Insane asylums in Bengal annual reports 1876-1887 - 1876-1887
Year: 1876
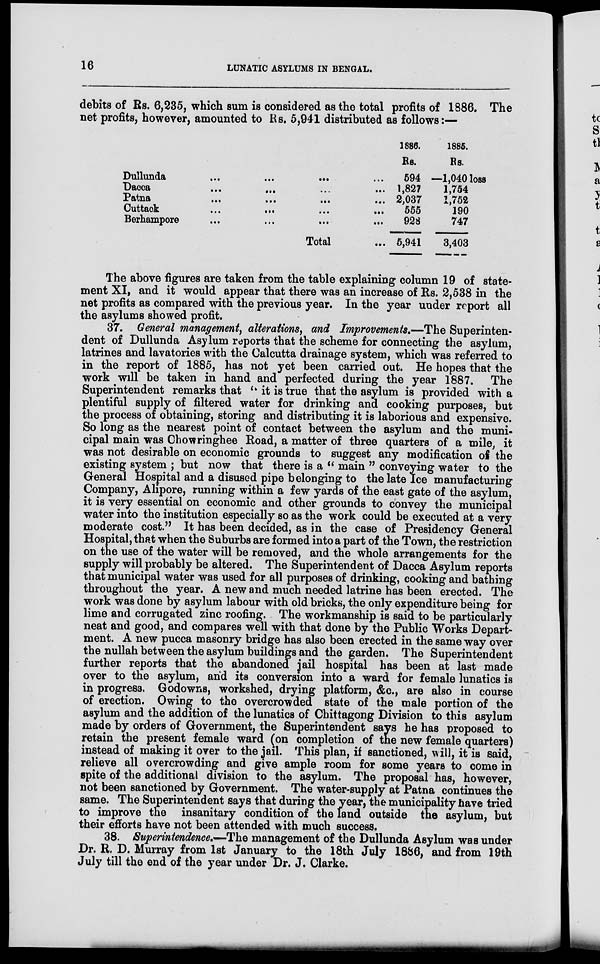
16
LUNATIC ASYLUMS IN BENGAL.
debits of Rs. 6,235, which sum is considered as the total profits of 1886. The
net profits, however, amounted to Rs. 5,941 distributed as follows:—
Dullunda
...
... ... ...
Dacca
...
...
...
...
Patna ... ... ... ...
Cuttack
...
...
...
...
Berhampore
...
...
...
...
Total ...
1886.
Rs.
594
1,827
2,037
555
928
5,941
1886.
Rs.
—1,040 loss
1,754
1,752
190
747
3,403
The above figures are taken from the table explaining column 19 of state-
ment XI, and it would appear that there was an increase of Rs. 2,538 in the
net profits as compared with the previous year. In the year under report all
the asylums showed profit.
37. General management, alterations, and Improvements.—The Superinten-
dent of Dullunda Asylum reports that the scheme for connecting the asylum,
latrines and lavatories with the Calcutta drainage system, which was referred to
in the report of 1885, has not yet been carried out. He hopes that the
work will be taken in hand and perfected during the year 1887. The
Superintendent remarks that ''it is true that the asylum is provided with a
plentiful supply of filtered water for drinking and cooking purposes, but
the process of obtaining, storing and distributing it is laborious and expensive.
So long as the nearest point of contact between the asylum and the muni-
cipal main was Chowringhee Road, a matter of three quarters of a mile, it
was not desirable on economic grounds to suggest any modification of the
existing system ; but now that there is a " main " conveying water to the
General Hospital and a disused pipe belonging to the late Ice manufacturing
Company, Alipore, running within a few yards of the east gate of the asylum,
it is very essential on economic and other grounds to convey the municipal
water into the institution especially so as the work could be executed at a very
moderate cost." It has been decided, as in the case of Presidency General
Hospital, that when the Suburbs are formed into a part of the Town, the restriction
on the use of the water will be removed, and the whole arrangements for the
supply will probably be altered. The Superintendent of Dacca Asylum reports
that municipal water was used for all purposes of drinking, cooking and bathing
throughout the year. A new and much needed latrine has been erected. The
work was done by asylum labour with old bricks, the only expenditure being for
lime and corrugated zinc roofing. The workmanship is said to be particularly
neat and good, and compares well with that done by the Public Works Depart-
ment. A new pucca masonry bridge has also been erected in the same way over
the nullah between the asylum buildings and the garden. The Superintendent
further reports that the abandoned jail hospital has been at last made
over to the asylum, and its conversion into a ward for female lunatics is
in progress. Godowns, workshed, drying platform, &c., are also in course
of erection. Owing to the overcrowded state of the male portion of the
asylum and the addition of the lunatics of Chittagong Division to this asylum
made by orders of Government, the Superintendent says he has proposed to
retain the present female ward (on completion of the new female quarters)
instead of making it over to the jail. This plan, if sanctioned, will, it is said,
relieve all overcrowding and give ample room for some years to come in
spite of the additional division to the asylum. The proposal has, however,
not been sanctioned by Government. The water-supply at Patna continues the
same. The Superintendent says that during the year, the municipality have tried
to improve the insanitary condition of the land outside the asylum, but
their efforts have not been attended with much success.
38. Superintendence.—-The management of the Dullunda Asylum was under
Dr. R. D. Murray from 1st January to the 18th July 1886, and from 19th
July till the end of the year under Dr. J. Clarke.